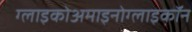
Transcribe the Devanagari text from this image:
ग्लाइकोअमाइनोग्लाइकॉन